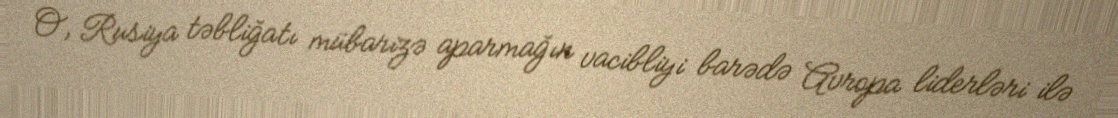
O, Rusiya təbliğatı mübarizə aparmağın vacibliyi barədə Avropa liderləri ilə